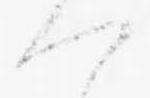
つ